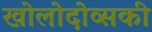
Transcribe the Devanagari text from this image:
खोलोदोव्सकी